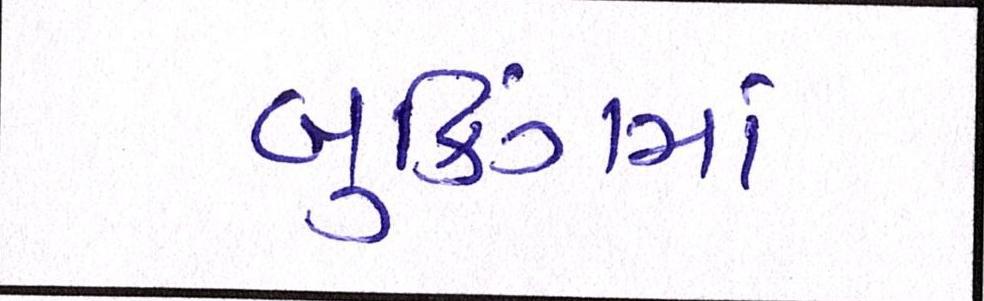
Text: બુકિંગમાં